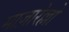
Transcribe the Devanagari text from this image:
माज़ारेल्लो